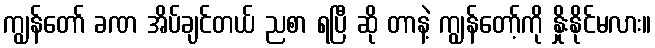
ကျွန်တော် ခဏ အိပ်ချင်တယ် ညစာ ရပြီ ဆို တာနဲ့ ကျွန်တော့်ကို နှိုးနိုင်မလား။